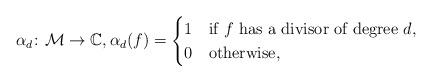
LaTeX: \begin{align*}\alpha_{d} \colon \mathcal{M}\to\mathbb{C}, \alpha_{d}(f) =\begin{cases} 1 & \mbox{if $f$ has a divisor of degree $d$}, \\ 0 & \mbox{otherwise,} \end{cases}\end{align*}